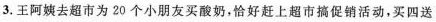
3.王阿姨去超市为20个小朋友买酸奶，恰好赶上超市搞促销活动，买四送